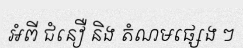
អំពី ជំនឿ និង តំណមផ្សេង ៗ